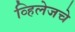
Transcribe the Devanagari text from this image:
व्हिलेजचे